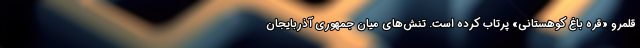
قلمرو «قره باغ کوهستانی» پرتاب کرده است. تنش‌های میان جمهوری آذربایجان